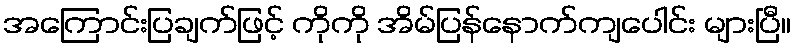
အကြောင်းပြချက်ဖြင့် ကိုကို အိမ်ပြန်နောက်ကျပေါင်း များပြီ။